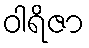
ဝါရိဇာ